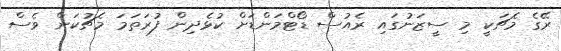
ރޭގެ މެޗަކީ މި ސީޒަނުގައި ރެއުސް ޑޯޓްމަންޑަށް ކުޅެދިން ފުރަތަމަ މެޗުކަން ވެސް